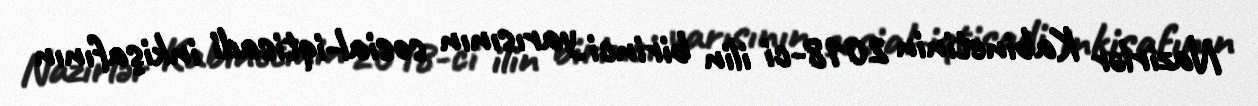
Nazirlər Kabinetinin 2018-ci ilin birinci yarısının sosial-iqtisadi inkişafının